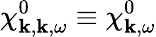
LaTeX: \chi_{\boldsymbol{\mathbf{k}},\boldsymbol{\mathbf{k}},\omega}^{0}\equiv\chi_{\boldsymbol{\mathbf{k}},\omega}^{0}